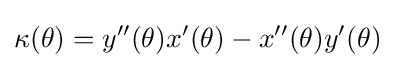
\displaystyle \kappa (\theta )=y^{\prime \prime }(\theta )x^{\prime }(\theta )-x^{\prime \prime }(\theta )y^{\prime }(\theta )